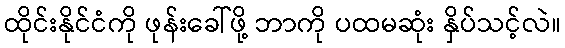
ထိုင်းနိုင်ငံကို ဖုန်းခေါ်ဖို့ ဘာကို ပထမဆုံး နှိပ်သင့်လဲ။